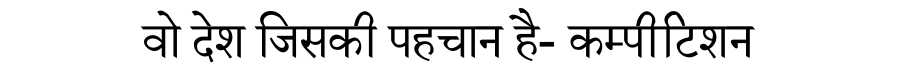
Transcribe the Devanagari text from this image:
वो देश जिसकी पहचान है- कम्पीटिशन